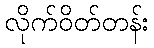
လိုက်ဝိတ်တန်း